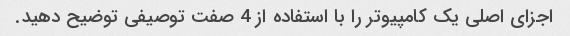
اجزای اصلی یک کامپیوتر را با استفاده از 4 صفت توصیفی توضیح دهید.